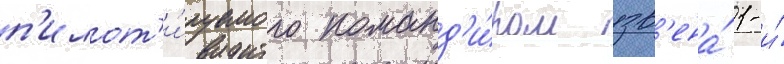
п'илот'и́руемого команд'и́ром зв'ена́ 1-и́